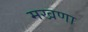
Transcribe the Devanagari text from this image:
मखणा